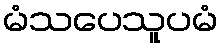
မံသပေသူပမံ